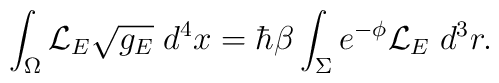
\int_\Omega  {\cal L}_E \sqrt{g_E} \; d^4x= \hbar\beta\int_\Sigma e^{-\phi} {\cal L}_E \; d^3r.